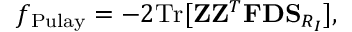
{ \displaystyle f _ { \mathrm { P u l a y } } = - 2 \mathrm { T r } [ { \bf Z } { \bf Z } ^ { T } { \bf F } { \bf D } { \bf S } _ { R _ { I } } ] } ,